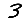
Digit: 3